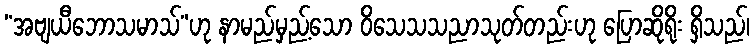
“အဗျယီဘောသမာသ်”ဟု နာမည်မှည့်သော ဝိသေသသညာသုတ်တည်းဟု ပြောဆိုရိုး ရှိသည်၊